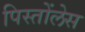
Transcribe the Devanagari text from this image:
पिस्तोंलेस